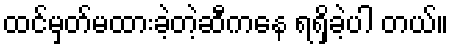
ထင်မှတ်မထားခဲ့တဲ့ဆီကနေ ရရှိခဲ့ပါ တယ်။